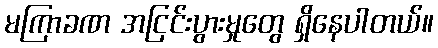
မကြာခဏ အငြင်းပွားမှုတွေ ရှိနေပါတယ်။